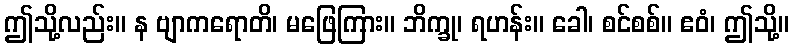
ဤသို့လည်း။ န ဗျာကရောတိ၊ မဖြေကြား။ ဘိက္ခု၊ ရဟန်း။ ခေါ၊ စင်စစ်။ ဧဝံ၊ ဤသို့။